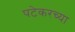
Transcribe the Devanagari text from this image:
पटेकरच्या